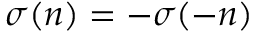
\sigma ( n ) = - \sigma ( - n )